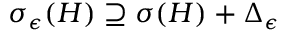
\begin{array} { r } { \sigma _ { \epsilon } ( H ) \supseteq \sigma ( H ) + \Delta _ { \epsilon } } \end{array}